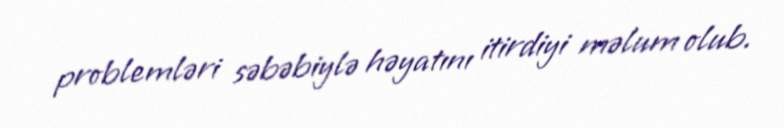
problemləri səbəbiylə həyatını itirdiyi məlum olub.